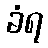
ခံရ